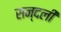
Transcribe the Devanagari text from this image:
सन्दली